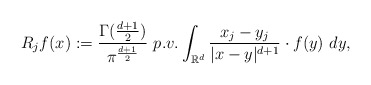
\begin{align*}R_{j}f(x):=\frac{\Gamma(\frac{d+1}{2})}{\pi^{\frac{d+1}{2}}}\ p.v.\int_{\mathbb R^d}\frac{x_{j}-y_{j}}{|x-y|^{d+1}}\cdot f(y)\ dy,\end{align*}